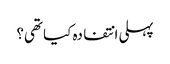
پہلی انتفادہ کیا تھی؟